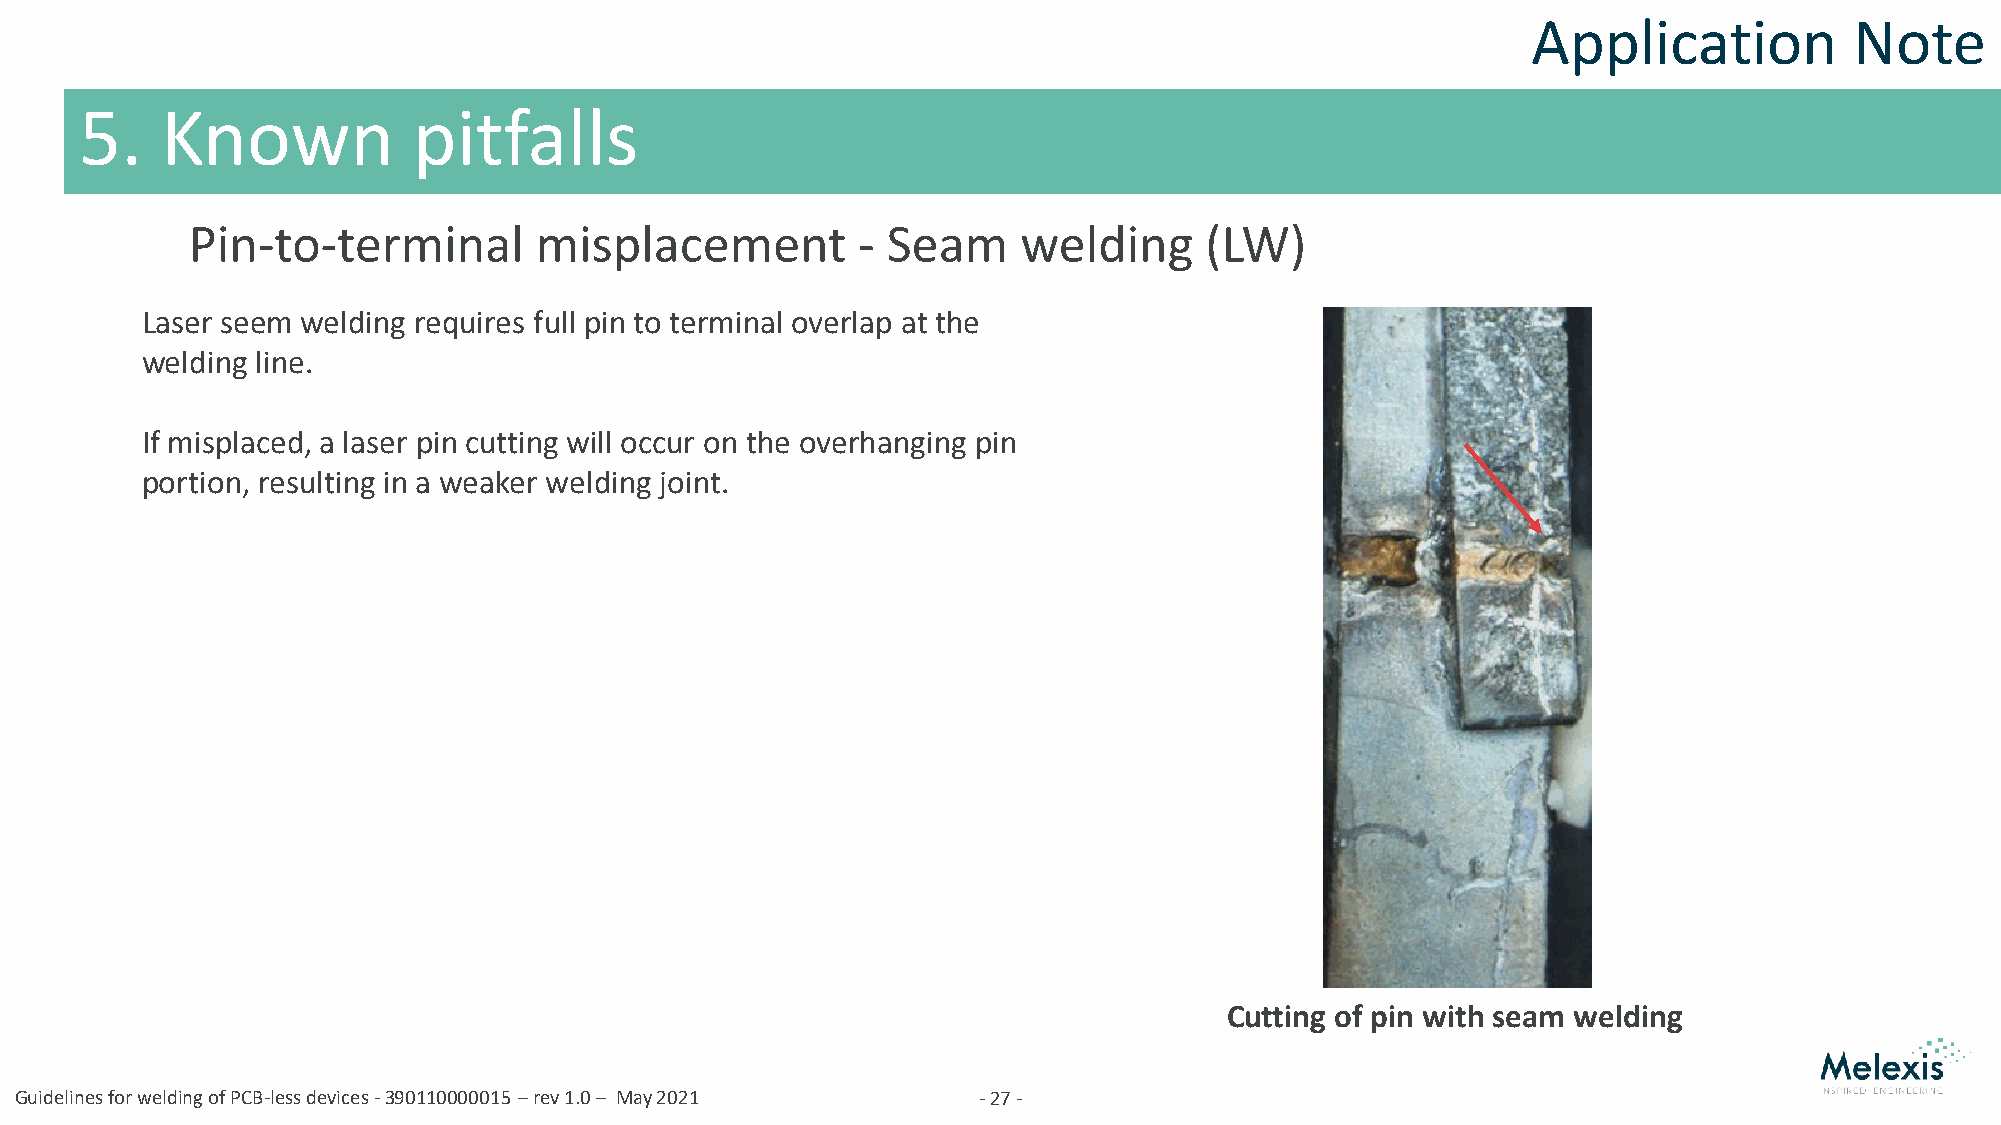
Application           Note
 5.    Known           pitfalls
 Pin-to-terminal        misplacement          - Seam     welding     (LW)
 Laser seem welding requires full pin to terminal overlap at the
 welding line.
 If misplaced, a laser pin cutting will occur on the overhanging pin
 portion, resulting in a weaker welding joint.
 Cutting of pin with seam welding
 Guidelines for welding of PCB-less devices -390110000015 –rev 1.0 – May 2021 -27-